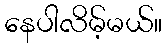
နေပါလိမ့်မယ်။